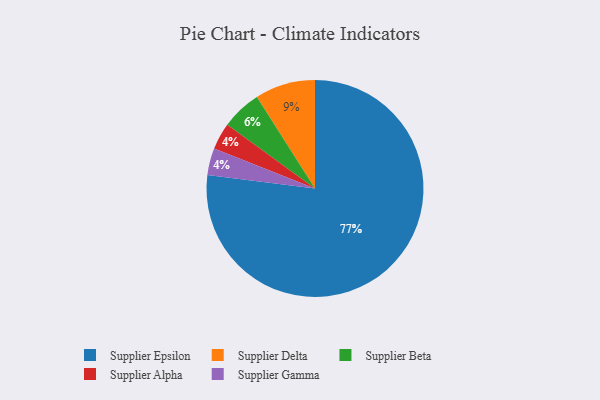
{"axis": {"x": "Category", "y": "Percentage"}, "legend": ["Supplier Alpha", "Supplier Beta", "Supplier Delta", "Supplier Epsilon", "Supplier Gamma"], "data": [{"x": "Supplier Alpha", "y": 4, "type": "Supplier Alpha"}, {"x": "Supplier Delta", "y": 9, "type": "Supplier Delta"}, {"x": "Supplier Beta", "y": 6, "type": "Supplier Beta"}, {"x": "Supplier Gamma", "y": 4, "type": "Supplier Gamma"}, {"x": "Supplier Epsilon", "y": 77, "type": "Supplier Epsilon"}]}